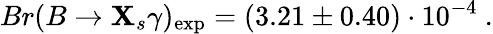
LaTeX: Br(B\to\mathbf{X}_{s}\gamma)_{\mathrm{{exp}}}=(3.21\pm0.40)\cdot10^{-4}~.